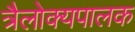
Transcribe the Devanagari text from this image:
त्रैलोक्यपालक